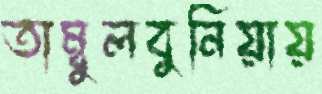
তাম্বুলবুনিয়ায়